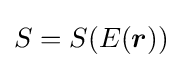
S=S(E({\boldsymbol {r}}))